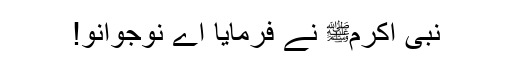
نبی اکرمﷺ نے فرمایا اے نوجوانو!